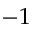
- 1